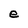
Character: e